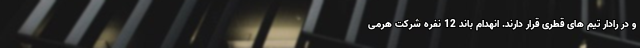
و در رادار تیم های قطری قرار دارند. انهدام باند 12 نفره شرکت هرمی